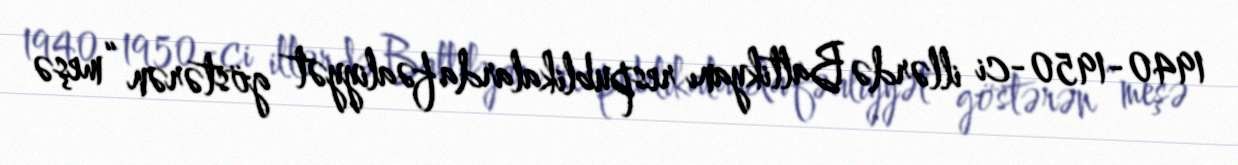
1940-1950-ci illərdə Baltikyanı respublikalarda fəaliyyət göstərən “meşə